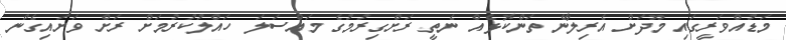
މަޑުއްވަރީގައި މޫދަށް އެރިލާނެ ތަންކޮޅެއް ނެތީ ރަށްގިރުމުގެ މައްސަލަ ހައްލުކުރުމަށް ރަށް ވަށައިގެން